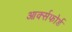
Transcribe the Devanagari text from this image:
आर्क्सफोर्ड